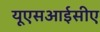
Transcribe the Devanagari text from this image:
यूएसआईसीए